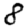
Digit: 8